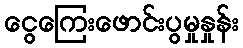
ငွေကြေးဖောင်းပွမှုနှုန်း